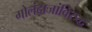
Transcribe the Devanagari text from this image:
गोलंदाजांविरुद्ध